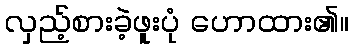
လှည့်စားခဲ့ဖူးပုံ ဟောထား၏။